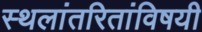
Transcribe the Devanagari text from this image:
स्थलांतरितांविषयी